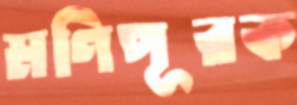
মণিপূরক